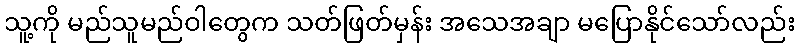
သူ့ကို မည်သူမည်ဝါတွေက သတ်ဖြတ်မှန်း အသေအချာ မပြောနိုင်သော်လည်း